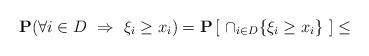
LaTeX: \begin{align*} {\bf P} (\forall i \in D \ \Rightarrow \ \xi_i \ge x_i) = {\bf P} \left[ \ \cap_{i \in D} \{ \xi_i \ge x_i \} \ \right] \le\end{align*}